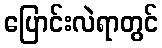
ပြောင်းလဲရာတွင်